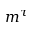
m ^ { \tau }